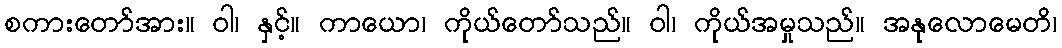
စကားတော်အား။ ဝါ၊ နှင့်။ ကာယော၊ ကိုယ်တော်သည်။ ဝါ၊ ကိုယ်အမှုသည်။ အနုလောမေတိ၊